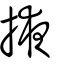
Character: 掖